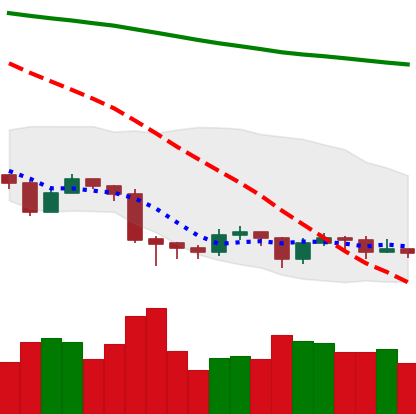
Ticker: EOS-USD
Chart end date: 2019-08-27
Forward return: -7.718%
Label: down_7plus